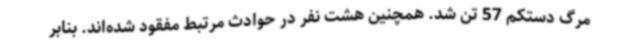
مرگ دستکم 57 تن شد. همچنین هشت نفر در حوادث مرتبط مفقود شده‌اند. بنابر